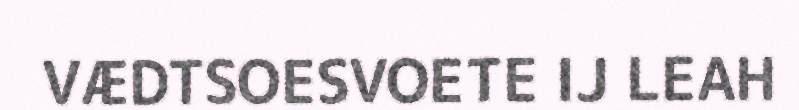
VÆDTSOESVOETE IJ LEAH